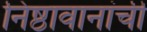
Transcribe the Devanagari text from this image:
निष्ठावानांची